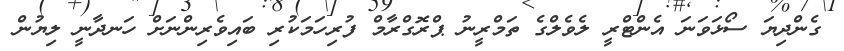
ގެންދިޔަ ސޯޅަވަނަ އެންޓްރީ ލެވެލްގެ ތަމްރީނު ޕްރޮގްރާމް ފުރިހަމަކުރި ބައިވެރިންނަށް ހަނދާނީ ލިޔުން